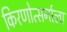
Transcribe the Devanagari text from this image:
किरणोत्सर्गाला